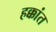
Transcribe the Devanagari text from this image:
हक्कांत